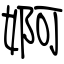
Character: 婀